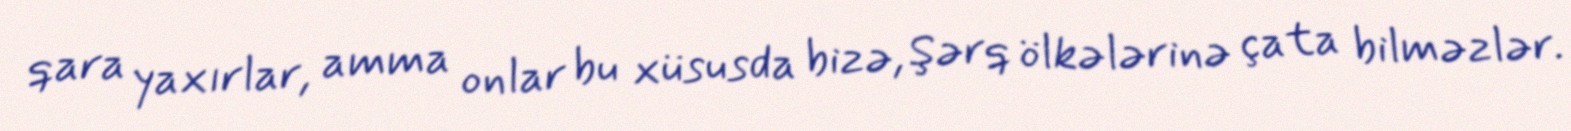
qara yaxırlar, amma onlar bu xüsusda bizə, Şərq ölkələrinə çata bilməzlər.